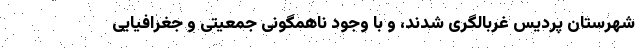
شهرستان پردیس غربالگری شدند، و با وجود ناهمگونی جمعیتی و جغرافیایی